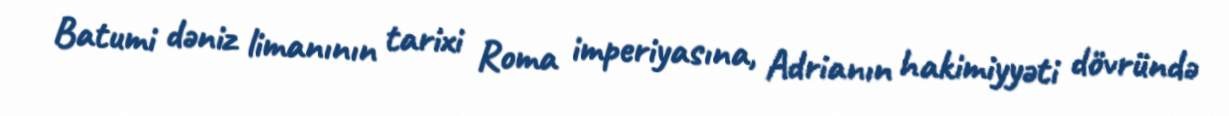
Batumi dəniz limanının tarixi Roma imperiyasına, Adrianın hakimiyyəti dövründə